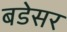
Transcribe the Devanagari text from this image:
बडेसर